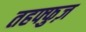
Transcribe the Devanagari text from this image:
तहफ्फुज़